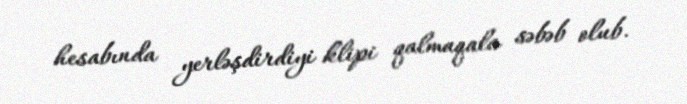
hesabında yerləşdirdiyi klipi qalmaqala səbəb olub.